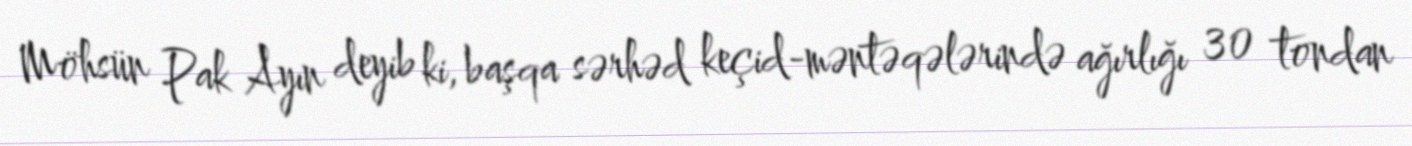
Möhsün Pak Ayın deyib ki, başqa sərhəd keçid-məntəqələrində ağırlığı 30 tondan